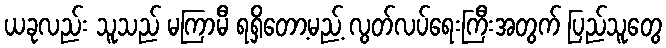
ယခုလည်း သူသည် မကြာမီ ရရှိတော့မည့် လွတ်လပ်ရေးကြီးအတွက် ပြည်သူတွေ